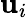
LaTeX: \mathbf{u}_{i}